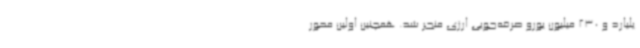
یلیارد و 230 میلیون یورو صرفه‌جویی ارزی منجر شد. همچنین اولین محور